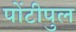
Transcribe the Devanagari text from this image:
पोंटीपुल